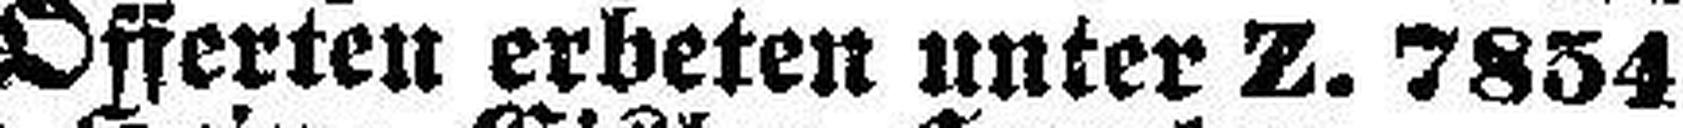
Offerten erbeten unter Z. 7854